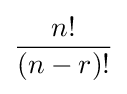
{\frac {n!}{(n-r)!}}